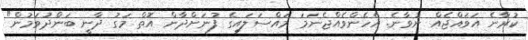
ކުރާނެ އަވައްޖެއް ނުވާނެ. އެހެންވެއްޖެނަމަ މައްސަލައިގެ ފުނަށްދާން އޮތް މަގު ދާނީ ބަންދުވަމުން"